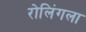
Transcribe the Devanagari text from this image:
रोलिंगला